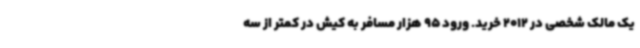
یک مالک شخصی در 2012 خرید. ورود 95 هزار مسافر به کیش در کمتر از سه